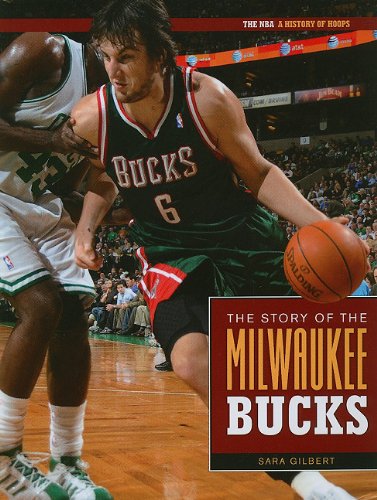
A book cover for The Story of The Milwaukee Bucks (The NBA: a History of Hoops); Sara Gilbert; Teen & Young Adult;